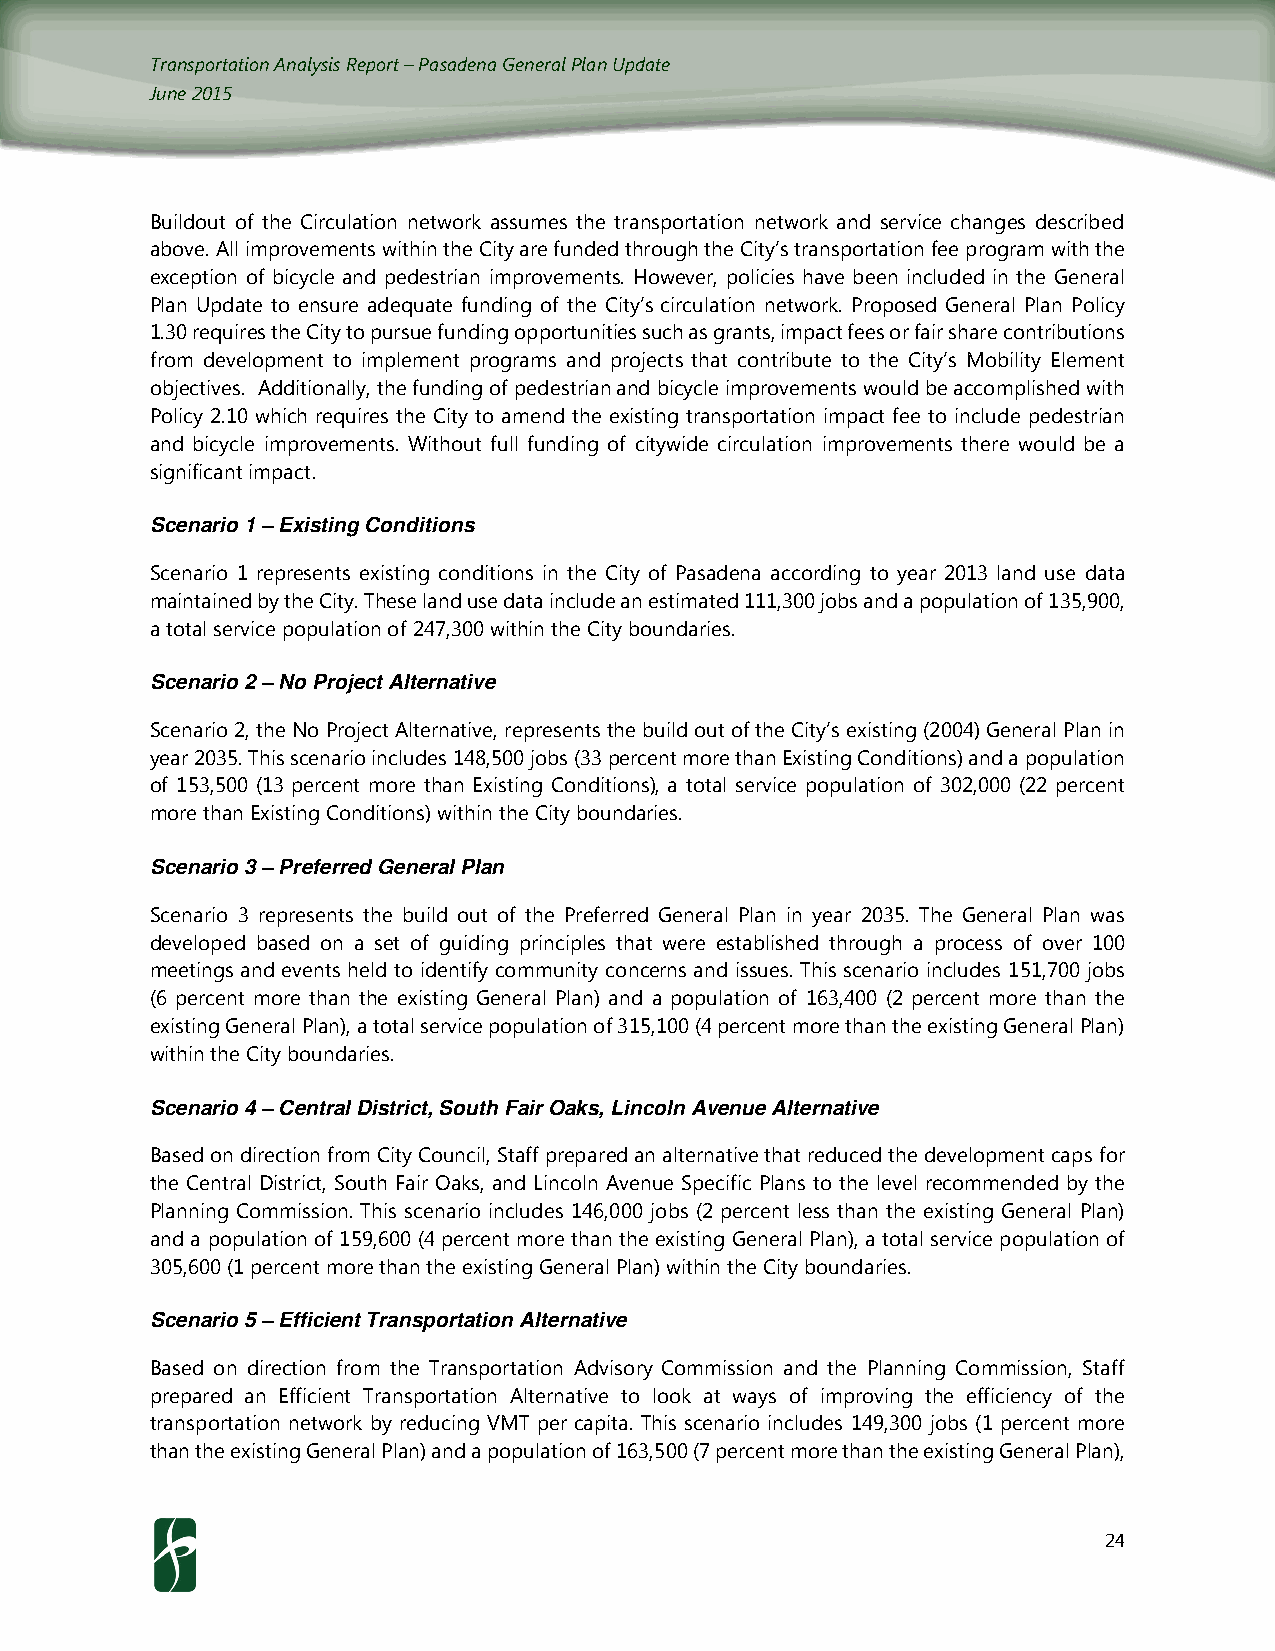
Transportation Analysis Report – Pasadena General Plan Update
 June 2015
 Buildout of the Circulation network assumes the transportation network and service changes described
 above. All improvements within the City are funded through the City’s transportation fee program with the
 exception of bicycle and pedestrian improvements. However, policies have been included in the General
 Plan Update to ensure adequate funding of the City’s circulation network. Proposed General Plan Policy
 1.30 requires the City to pursue funding opportunities such as grants, impact fees or fair share contributions
 from development to implement programs and projects that contribute to the City’s Mobility Element
 objectives. Additionally, the funding of pedestrian and bicycle improvements would be accomplished with
 Policy 2.10 which requires the City to amend the existing transportation impact fee to include pedestrian
 and bicycle improvements. Without full funding of citywide circulation improvements there would be a
 significant impact.
 Scenario 1 – Existing Conditions
 Scenario 1 represents existing conditions in the City of Pasadena according to year 2013 land use data
 maintained by the City. These land use data include an estimated 111,300 jobs and a population of 135,900,
 a total service population of 247,300 within the City boundaries.
 Scenario 2 – No Project Alternative
 Scenario 2, the No Project Alternative, represents the build out of the City’s existing (2004) General Plan in
 year 2035. This scenario includes 148,500 jobs (33 percent more than Existing Conditions) and a population
 of 153,500 (13 percent more than Existing Conditions), a total service population of 302,000 (22 percent
 more than Existing Conditions) within the City boundaries.
 Scenario 3 – Preferred General Plan
 Scenario 3 represents the build out of the Preferred General Plan in year 2035. The General Plan was
 developed based on a set of guiding principles that were established through a process of over 100
 meetings and events held to identify community concerns and issues. This scenario includes 151,700 jobs
 (6 percent more than the existing General Plan) and a population of 163,400 (2 percent more than the
 existing General Plan), a total service population of 315,100 (4 percent more than the existing General Plan)
 within the City boundaries.
 Scenario 4 – Central District, South Fair Oaks, Lincoln Avenue Alternative
 Based on direction from City Council, Staff prepared an alternative that reduced the development caps for
 the Central District, South Fair Oaks, and Lincoln Avenue Specific Plans to the level recommended by the
 Planning Commission. This scenario includes 146,000 jobs (2 percent less than the existing General Plan)
 and a population of 159,600 (4 percent more than the existing General Plan), a total service population of
 305,600 (1 percent more than the existing General Plan) within the City boundaries.
 Scenario 5 – Efficient Transportation Alternative
 Based on direction from the Transportation Advisory Commission and the Planning Commission, Staff
 prepared an Efficient Transportation Alternative to look at ways of improving the efficiency of the
 transportation network by reducing VMT per capita. This scenario includes 149,300 jobs (1 percent more
 than the existing General Plan) and a population of 163,500 (7 percent more than the existing General Plan),
 24